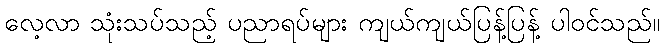
လေ့လာ သုံးသပ်သည့် ပညာရပ်များ ကျယ်ကျယ်ပြန့်ပြန့် ပါဝင်သည်။